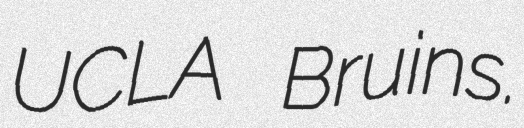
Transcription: UCLA Bruins.